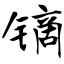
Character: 镝